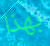
بهذا